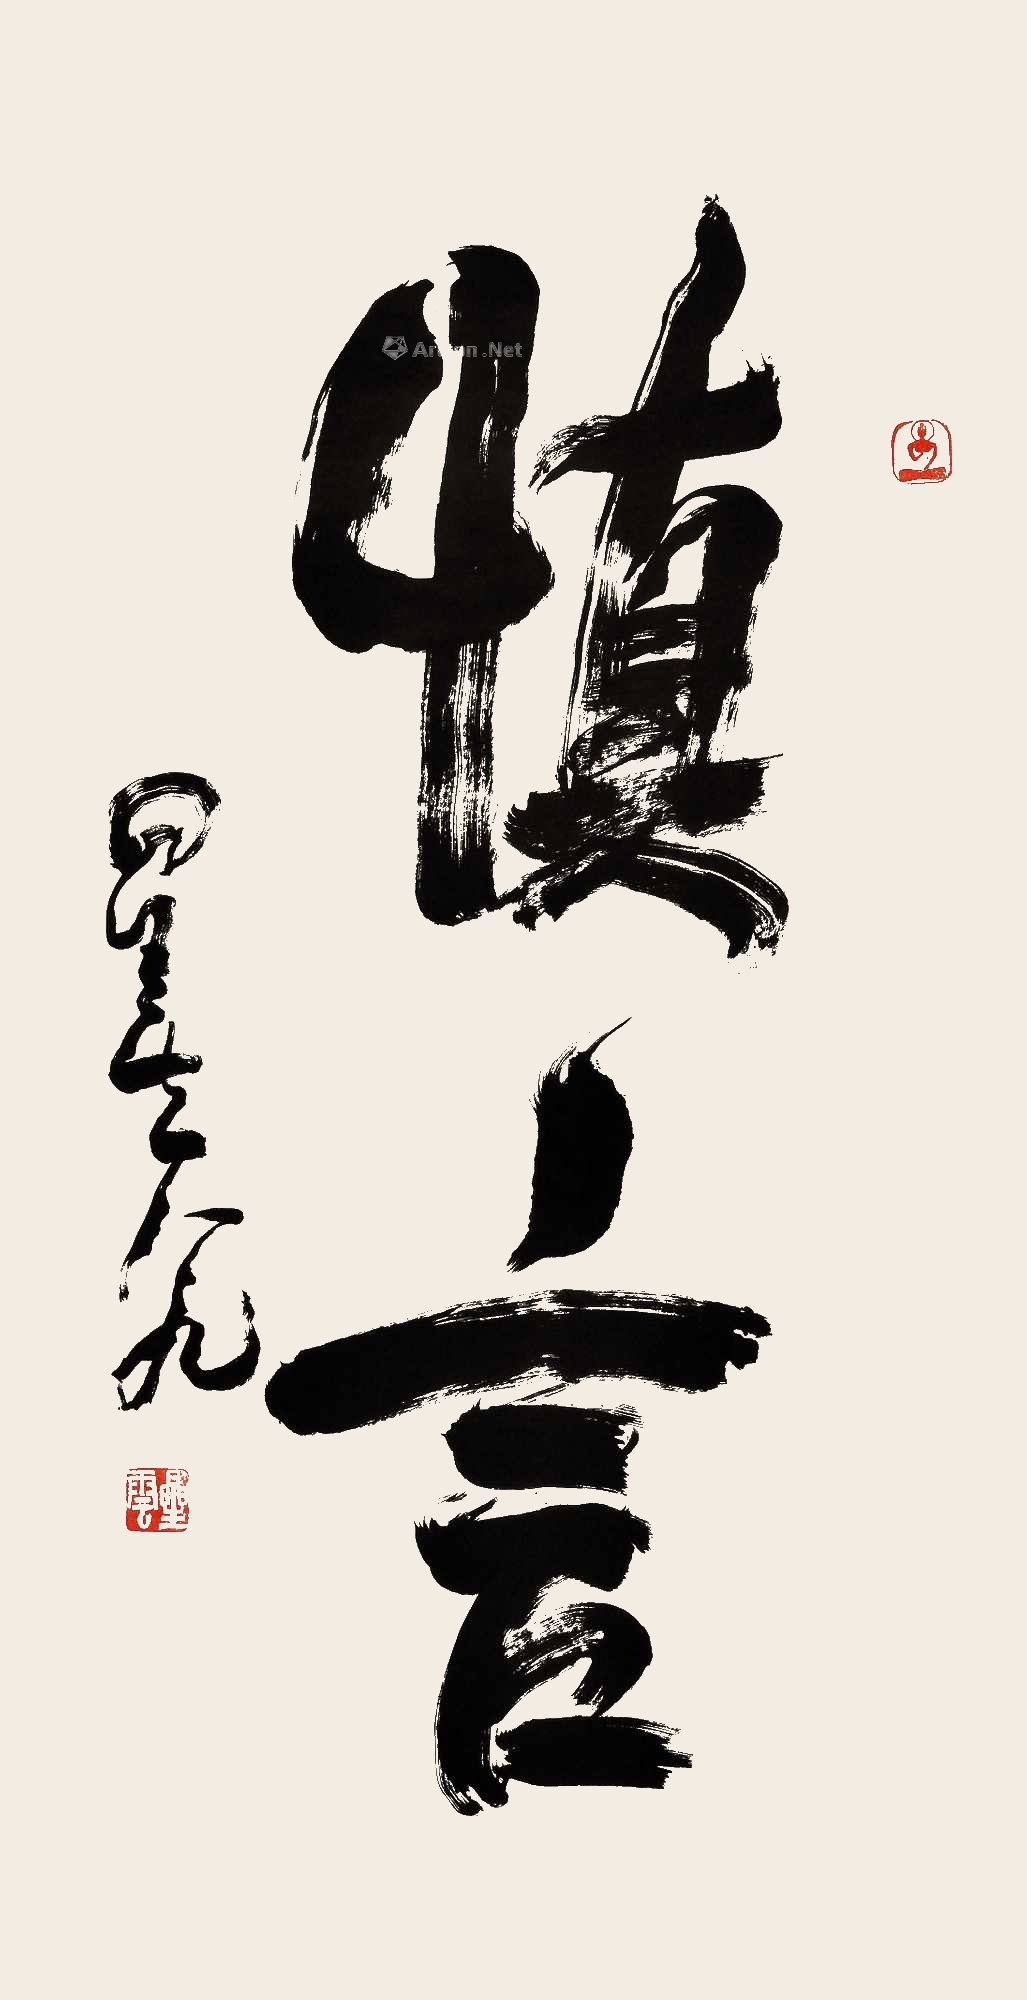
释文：慎言星云八九